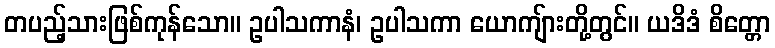
တပည့်သားဖြစ်ကုန်သော။ ဥပါသကာနံ၊ ဥပါသကာ ယောကျ်ားတို့တွင်။ ယဒိဒံ စိတ္တော